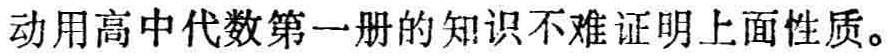
动用高中代数第一册的知识不难证明上面性质。